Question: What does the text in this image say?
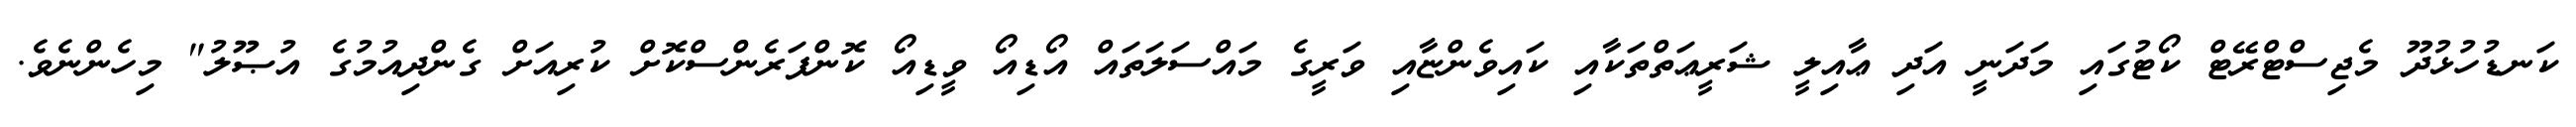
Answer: ކަނޑުހުޅުދޫ މެޖިސްޓްރޭޓް ކޯޓުގައި މަދަނީ އަދި ޢާއިލީ ޝަރީޢަތްތަކާއި ކައިވެންޏާއި ވަރީގެ މައްސަލަތައް އޯޑިއޯ ވީޑިއޯ ކޮންފަރެންސްކޮށް ކުރިއަށް ގެންދިއުމުގެ އުޞޫލު" މިހެންނެވެ.